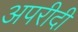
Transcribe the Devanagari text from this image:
अपरीदी